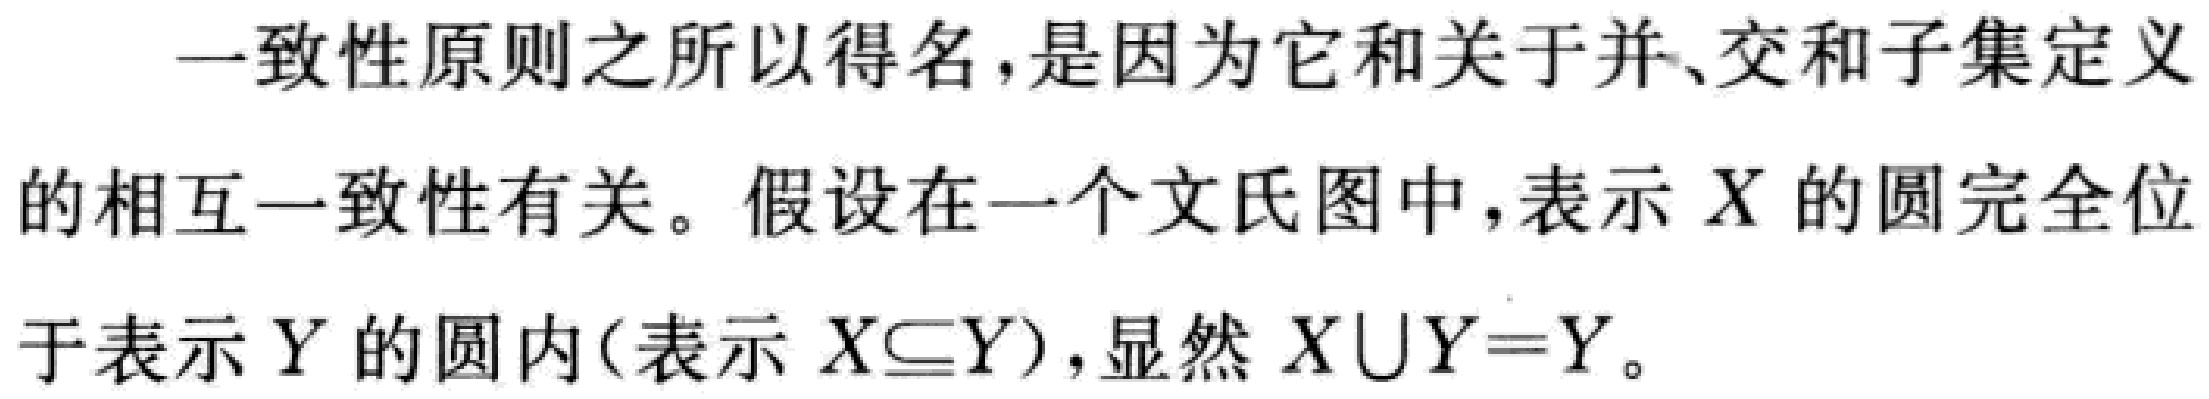
一致性原则之所以得名，是因为它和关于并、交和子集定义的相互一致性有关。假设在一个文氏图中，表示 \(X\) 的圆完全位于表示 \(Y\) 的圆内(表示 \(X\subseteq Y\))，显然 \(X\cup Y = Y\)。